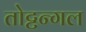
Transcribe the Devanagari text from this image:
तोट्टन्गल